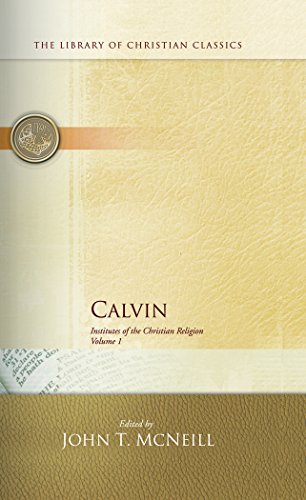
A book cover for Calvin: Institutes of the Christian Religion (2 Volume Set); John Calvin; History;